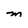
Character: M